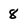
Character: 8